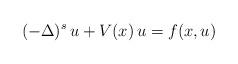
LaTeX: \begin{align*} (- \Delta)^s\, u + V(x)\, u = f(x,u)\end{align*}